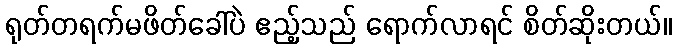
ရုတ်တရက်မဖိတ်ခေါ်ပဲ ဧည့်သည် ရောက်လာရင် စိတ်ဆိုးတယ်။